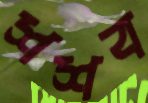
শশব